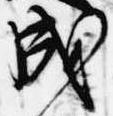
成